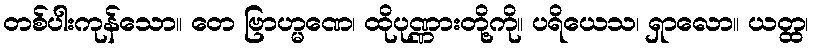
တစ်ပါးကုန်သော။ တေ ဗြာဟ္မဏေ၊ ထိုပုဏ္ဏားတို့ကို။ ပရိယေသ၊ ရှာလော။ ယတ္ထ၊